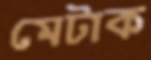
মেটাক